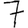
Digit: 7